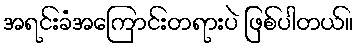
အရင်းခံအကြောင်းတရားပဲ ဖြစ်ပါတယ်။